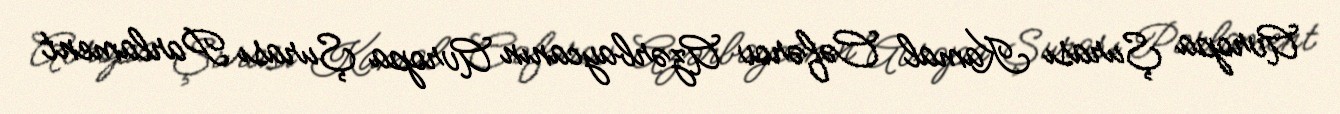
Avropa Şurası Kamal Cəfərov Azərbaycanın Avropa Şurası Parlament